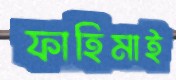
ফাহিমাই